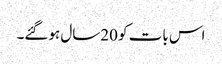
اس بات کو 20سال ہوگئے۔